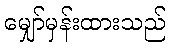
မျှော်မှန်းထားသည်